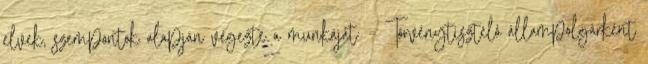
elvek, szempontok alapján végezte a munkáját: – Törvénytisztelô állampolgárként